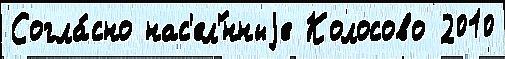
Согла́сно нас'ел'́нныjе Колосово 2010